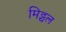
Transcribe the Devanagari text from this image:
मिट्चल